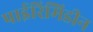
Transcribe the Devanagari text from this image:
पाईरिमिडीन